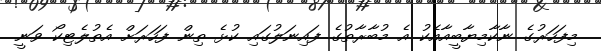
މިފަހަރުގެ ނާކާމިޔާބީއާއެކު އެ މުބާރާތުގެ ފައިނަލުގައި ކުޅެ ތިން ފަހަރަށް އެތުލެޓިކޯ ވަނީ